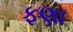
ફણા